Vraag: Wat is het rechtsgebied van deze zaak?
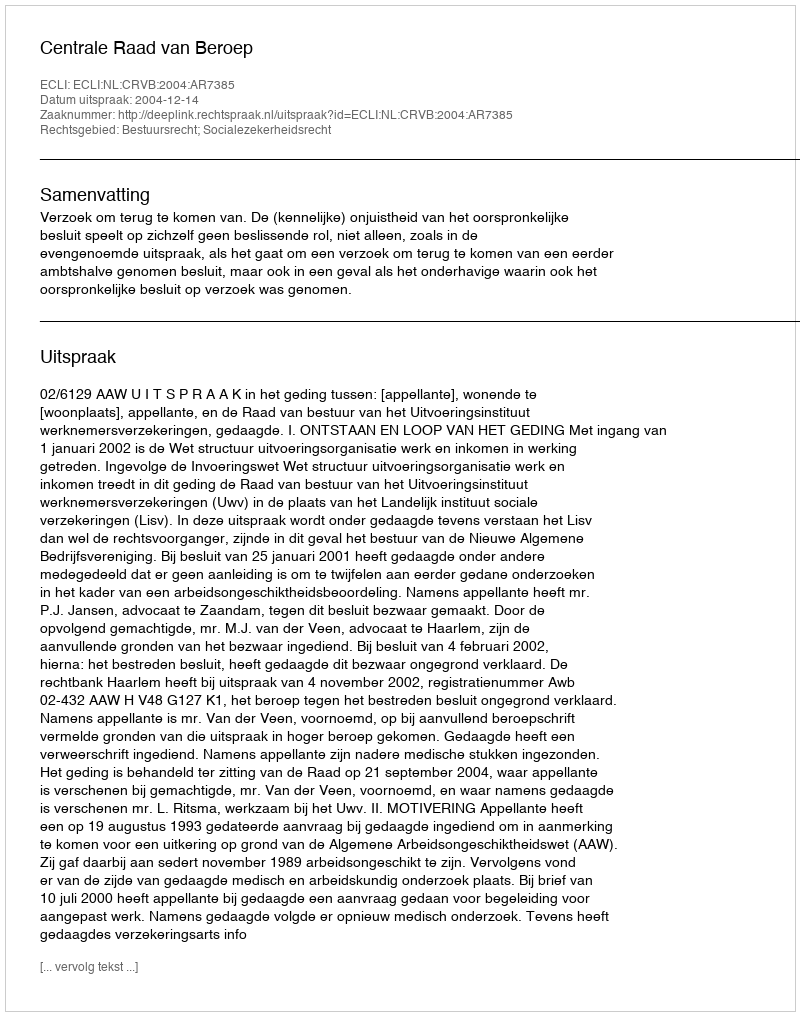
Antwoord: Bestuursrecht; Socialezekerheidsrecht